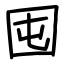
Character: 囤